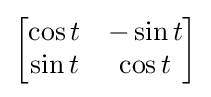
{\begin{bmatrix}\cos t&-\sin t\\\sin t&\cos t\end{bmatrix}}